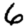
Digit: 6